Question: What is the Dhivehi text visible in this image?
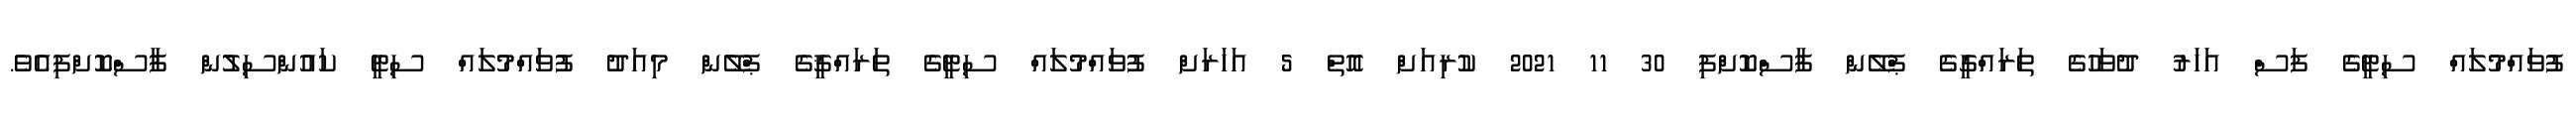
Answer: ފުވައްމުލައް ސިޓީގެ ފަސް އަހަރު ދުވަހުގެ ތަރައްގީގެ ޕްލޭން ފާސްކޮށްފި 30 11 2021 ކުރިއަށް އޮތް 5 އަހަރަށް ފުވައްމުލައް ސިޓީގެ ތަރައްޤީގެ ޕްލޭން މިއަދު ފުވައްމުލައް ސިޓީ ކައުންސިލުން ފާސްކޮށްފިއެވެ.